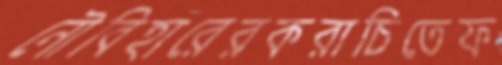
নৌবিহারেরকরাচিতেফ